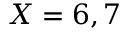
X = 6 , 7